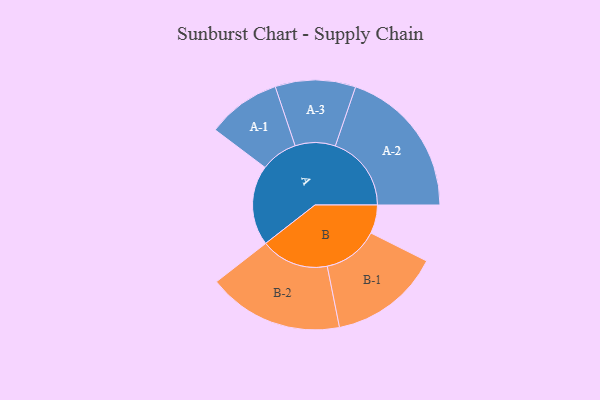
{"axis": {"x": "Segment", "y": "Value"}, "legend": ["", "A", "B"], "data": [{"x": "A", "y": 315, "type": ""}, {"x": "B", "y": 112, "type": ""}, {"x": "A-1", "y": 145, "type": "A"}, {"x": "A-2", "y": 299, "type": "A"}, {"x": "A-3", "y": 158, "type": "A"}, {"x": "B-1", "y": 219, "type": "B"}, {"x": "B-2", "y": 267, "type": "B"}]}